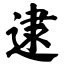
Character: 逮